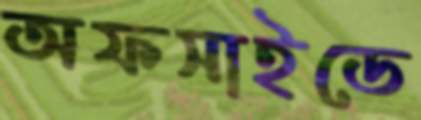
অফসাইডে